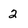
Character: 2